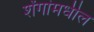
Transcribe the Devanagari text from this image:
शेंगांमधील